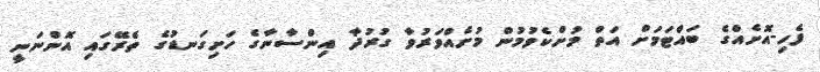
ފެހި-އޮށެއްގެ ބައްޓަމަށް އަތް މުށްކެވުމުން މުށެއްވަރުވާ ގުރުދާ އިންސާނާގެ ހަށިގަނޑުގެ ތެރޭގައި އޮންނަނީ